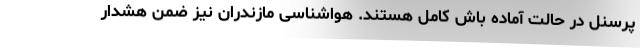
پرسنل در حالت آماده باش کامل هستند. هواشناسی مازندران نیز ضمن هشدار